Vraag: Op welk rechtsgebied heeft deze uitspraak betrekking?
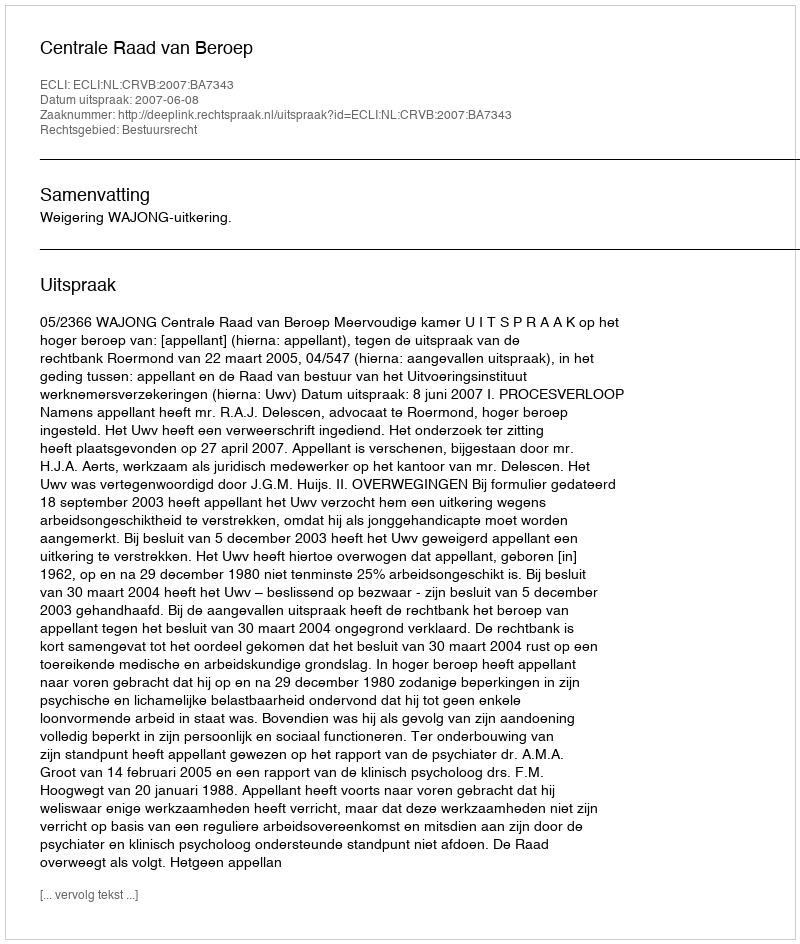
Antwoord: Bestuursrecht